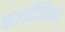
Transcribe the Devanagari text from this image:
फलदीपिका